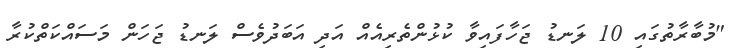
"މުބާރާތުގައި 10 ލަނޑު ޖަހާފައިވާ ކުޅުންތެރިއެއް އަދި އަބަދުވެސް ލަނޑު ޖަހަން މަސައްކަތްކުރާ